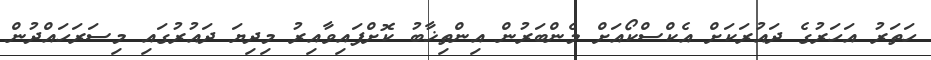
ހަތަރު އަހަރުގެ ދައުރަކަށް އެކްސްކޯއަށް މެންބަރުން އިންތިޚާބު ކޮށްފައިވާއިރު މިދިޔަ ދައުރުގައި މިސަރަހައްދުން